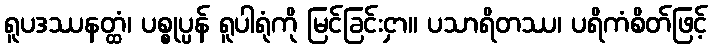
ရူပဒဿနတ္ထံ၊ ပစ္စုပ္ပန် ရူပါရုံကို မြင်ခြင်းငှာ။ ပသာရိတဿ၊ ပရိကံစိတ်ဖြင့်